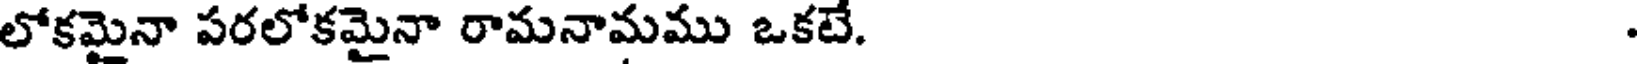
లోకమైనా పరలోకమైనా రామనామము ఒకటే.